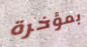
بمؤخرة